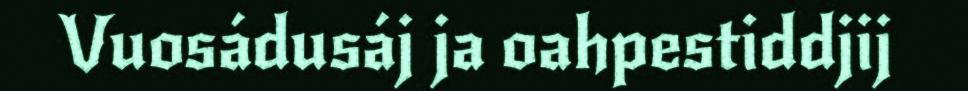
Vuosádusáj ja oahpestiddjij